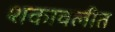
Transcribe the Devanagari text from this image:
शकावलीत